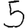
Digit: 5